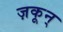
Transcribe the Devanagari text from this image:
ज़कून्